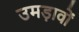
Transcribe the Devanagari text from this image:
उमड़ावों